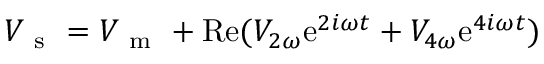
V _ { \mathrm { ~ s ~ } } = V _ { \mathrm { ~ m ~ } } + \mathrm { R e } ( V _ { 2 \omega } \mathrm { e } ^ { 2 i \omega t } + V _ { 4 \omega } \mathrm { e } ^ { 4 i \omega t } )